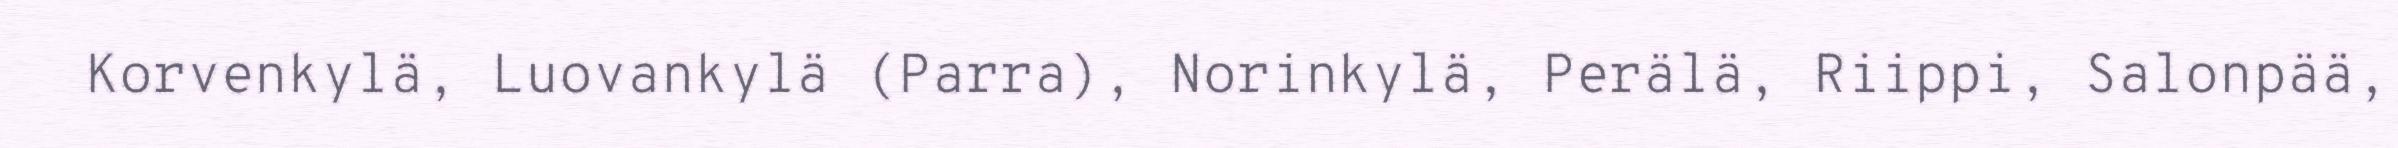
Korvenkylä, Luovankylä (Parra), Norinkylä, Perälä, Riippi, Salonpää,